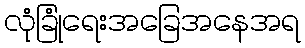
လုံခြုံရေးအခြေအနေအရ